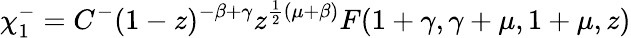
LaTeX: \chi_{1}^{-}=C^{-}(1-z)^{-\beta+\gamma}z^{\frac{1}{2}(\mu+\beta)}F(1+\gamma,\gamma+\mu,1+\mu,z)